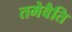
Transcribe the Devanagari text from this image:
तमेवैति